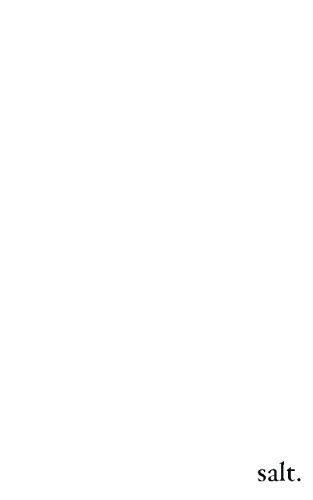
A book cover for salt.; Nayyirah Waheed; Literature & Fiction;